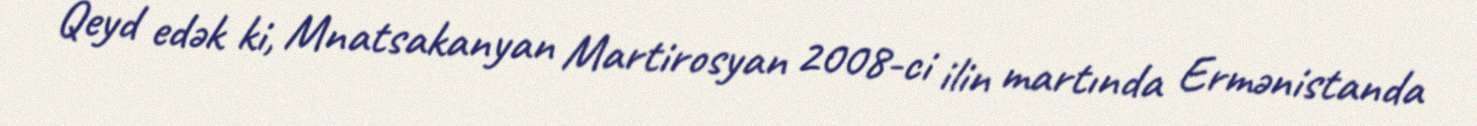
Qeyd edək ki, Mnatsakanyan Martirosyan 2008-ci ilin martında Ermənistanda